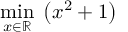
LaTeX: \operatorname* { m i n } _ { x \in \mathbb { R } } \; \left( x ^ { 2 } + 1 \right)